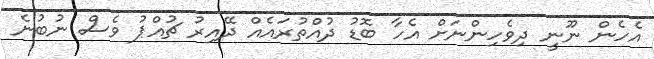
އެހެން ނޫނީ ދިވެހިންނަށް އެހާ ބޮޑު ދުއްތުރައެއް ދޭއިރު ޗުއްޕު ވެސް ނުބުނެ